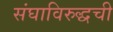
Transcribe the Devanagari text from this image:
संघाविरुद्धची